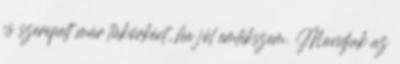
is szerepelt már tükörként, ha jól emlékszem. Mondjuk az